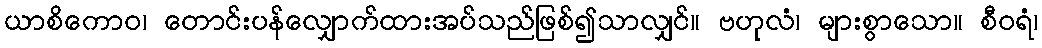
ယာစိကောဝ၊ တောင်းပန်လျှောက်ထားအပ်သည်ဖြစ်၍သာလျှင်။ ဗဟုလံ၊ များစွာသော။ စီဝရံ၊